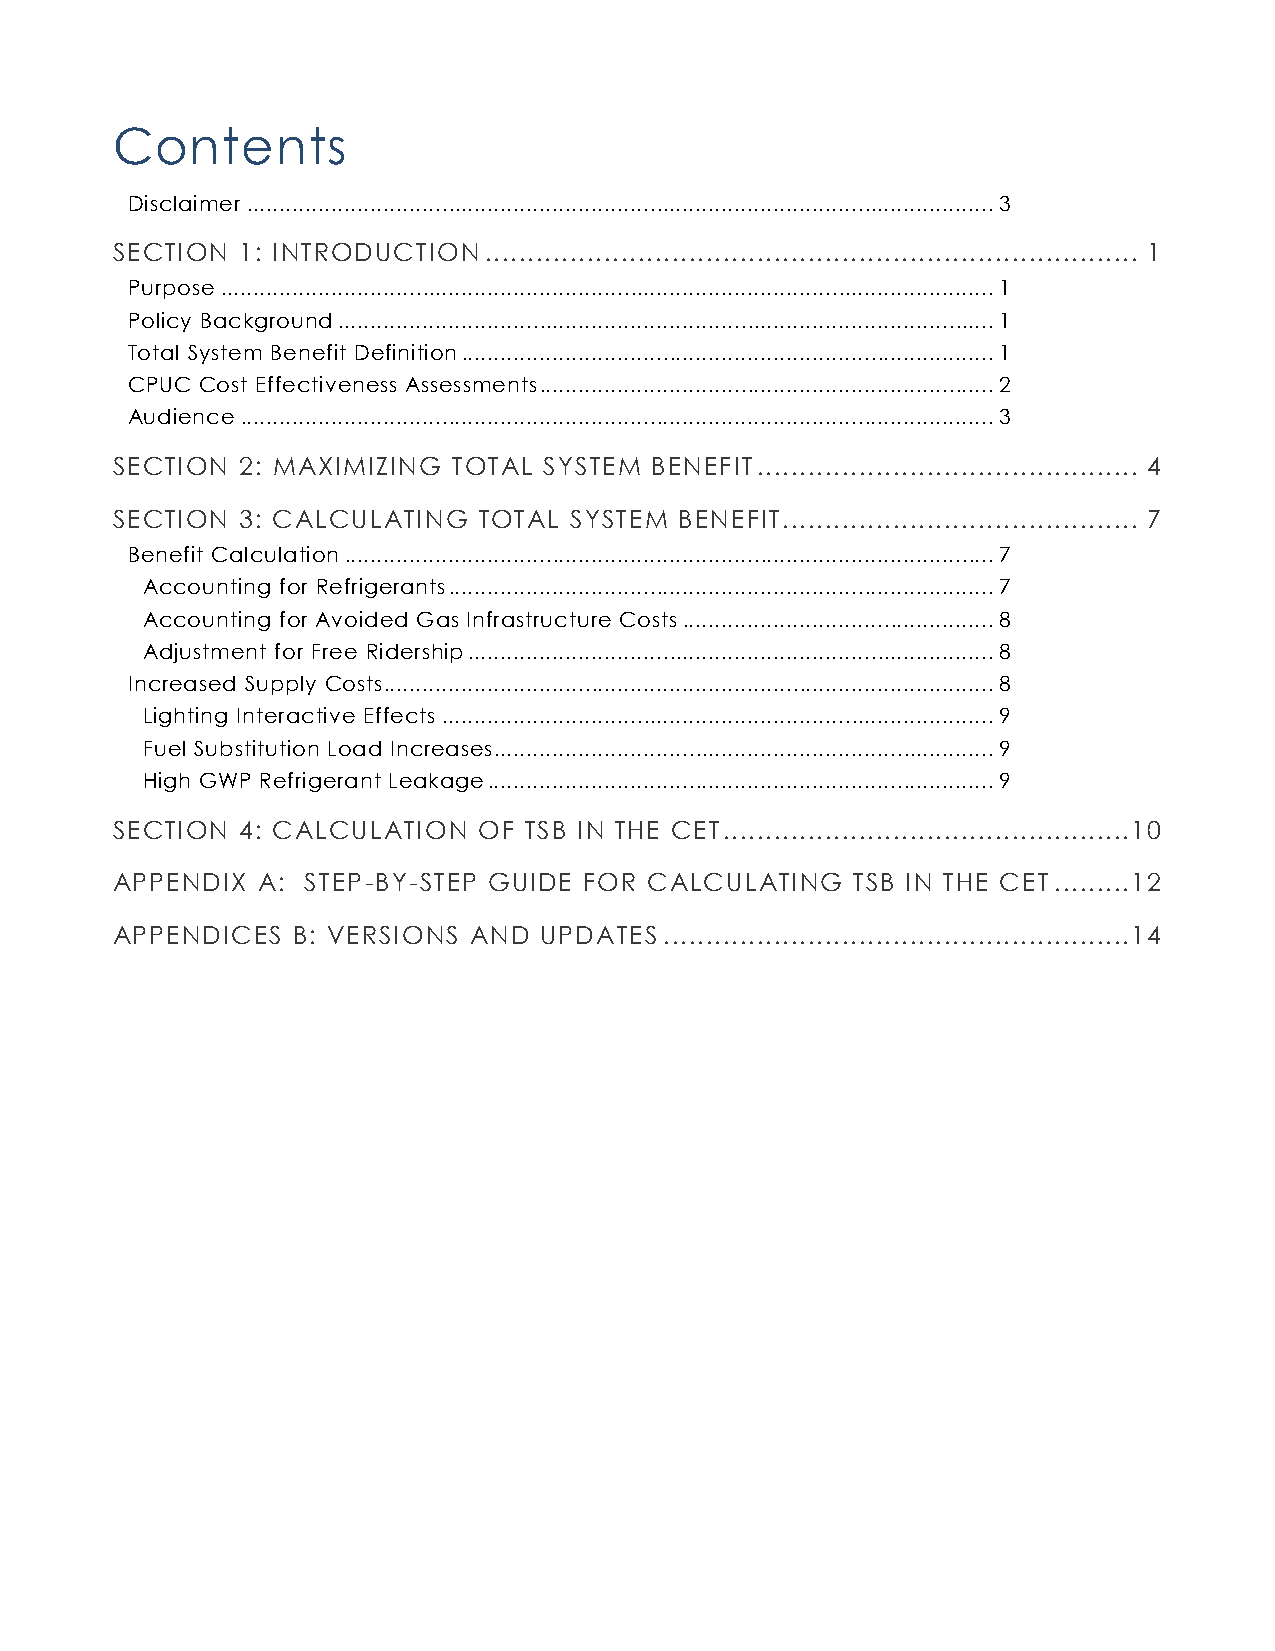
Contents
 Disclaimer ................................................................................................................... 3
 SECTION  1: INTRODUCTION ............................................................................. 1
 Purpose ....................................................................................................................... 1
 Policy Background ..................................................................................................... 1
 Total System Benefit Definition .................................................................................. 1
 CPUC Cost Effectiveness Assessments ...................................................................... 2
 Audience .................................................................................................................... 3
 SECTION  2: MAXIMIZING TOTAL SYSTEM BENEFIT ............................................. 4
 SECTION  3: CALCULATING  TOTAL SYSTEM BENEFIT .......................................... 7
 Benefit Calculation .................................................................................................... 7
 Accounting for Refrigerants .................................................................................... 7
 Accounting for Avoided Gas Infrastructure Costs ................................................ 8
 Adjustment for Free Ridership ................................................................................. 8
 Increased Supply Costs.............................................................................................. 8
 Lighting Interactive Effects ..................................................................................... 9
 Fuel Substitution Load Increases............................................................................. 9
 High GWP Refrigerant Leakage .............................................................................. 9
 SECTION  4: CALCULATION  OF TSB IN THE CET ................................................10
 APPENDIX  A: STEP-BY-STEP GUIDE FOR CALCULATING  TSB IN THE CET .........12
 APPENDICES  B: VERSIONS AND  UPDATES .......................................................14